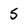
Character: 5